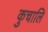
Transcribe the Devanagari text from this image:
कुचालि